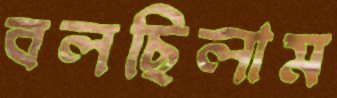
বলছিলাম